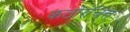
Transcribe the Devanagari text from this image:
कठोरचित्त